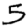
Digit: 5